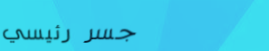
جسر رئيسي